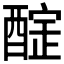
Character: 𨢃